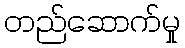
တည်ဆောက်မှု